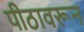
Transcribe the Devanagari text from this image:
पीठावरून